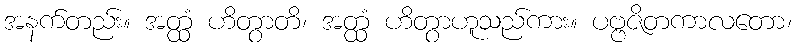
အနက်တည်း။ အတ္ထံ ဟိတွာတိ၊ အတ္ထံ ဟိတွာဟူသည်ကား။ ပဗ္ဗဇိတကာလတော၊